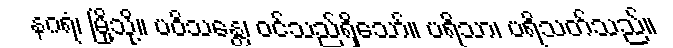
နဂရံ၊ မြို့သို့။ ပဝိသန္တေ၊ ဝင်သည်ရှိသော်။ ပရိသာ၊ ပရိသတ်သည်။